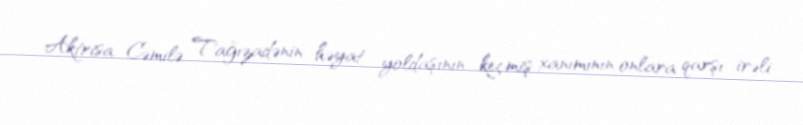
Aktrisa Cəmilə Tağızadənin həyat yoldaşının keçmiş xanımının onlara qarşı irəli